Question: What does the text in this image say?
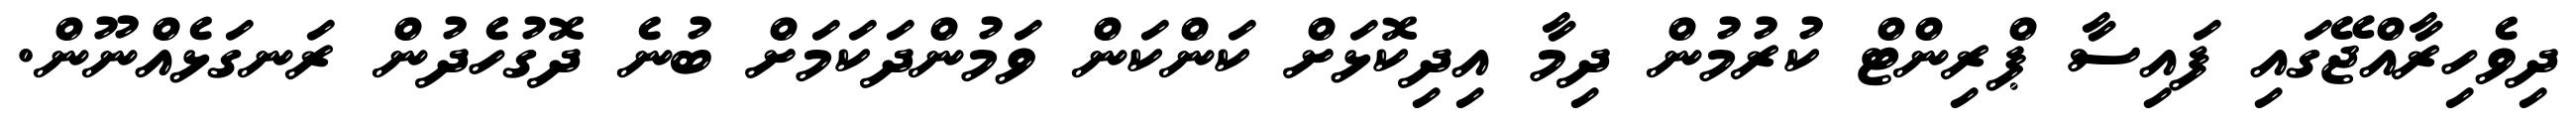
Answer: ދިވެހިރާއްޖޭގައި ފައިސާ ޕްރިންޓް ކުރުމުން ދިމާ އިދިކޮޅަށް ކަންކަން ވަމުންދަކަމަށް ބުނެ ދޮގުހެދުން ރަނގަޅެއްނޫން.